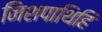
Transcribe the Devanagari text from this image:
निशपाथिहि